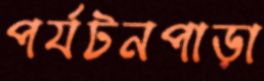
পর্যটনপাড়া